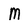
Character: M